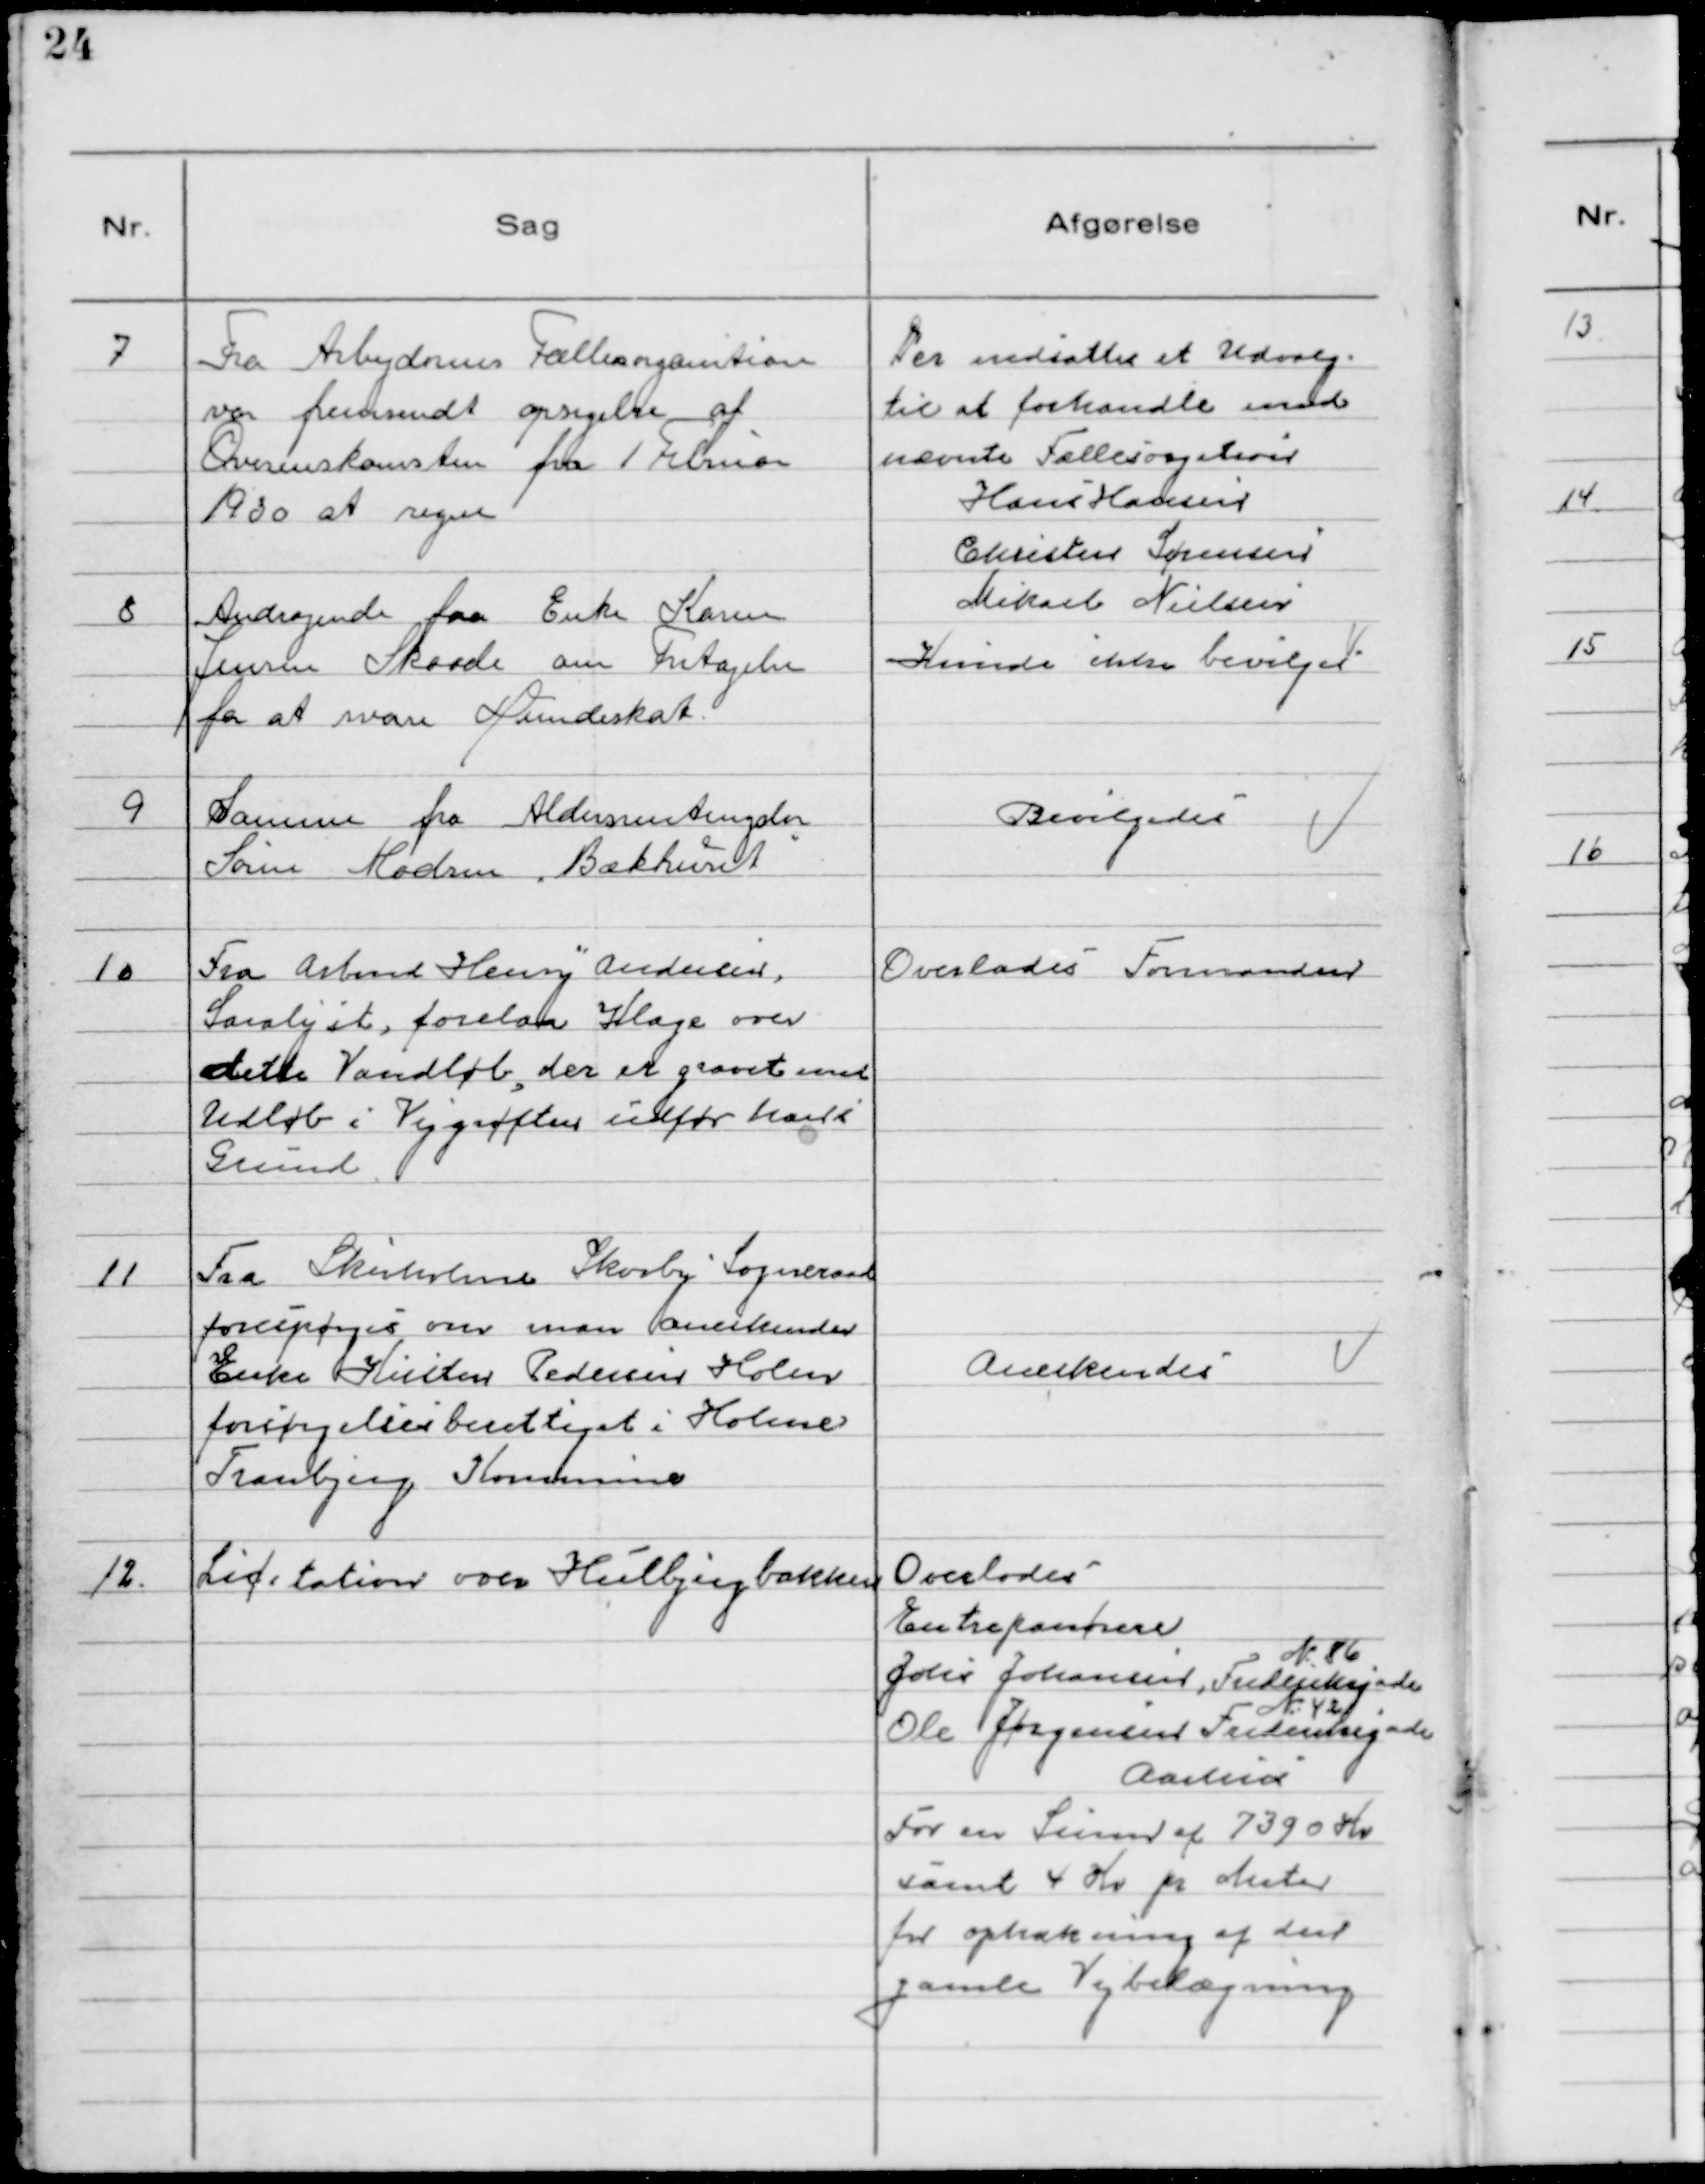
Transskription:
7 Fra Arbejdernes Fællesorganition
var fremsendt opsigelse af
Overenskomsten fra 1 Februar
1930 at regne

Der nedsattes et Udvalg
til at forhandle med
nævnte Fællesorgation
Hans Hansen
Christian Sørensen
Mikael Nielsen

8 Andragende fra Enke Karen
Jensen Skaade om Fritagelse
for at svare Hundeskat.

Kunde ikke bevilges

9 Samme fra Aldersrentenyder
Søren Madsen, Bækhušet

Bevilgedes

10 Fra Arbmd Henry Andersen,
Saralyst, forelaa Klage over
dette Vandløb, der er gravet med
Udløb i Vejgrøften ũdfor hans
Grund.

Overlodeś Formanden

11 Fra Skivholme Skovby Sogneraad
foreśpørgeś om man anerkender
Enke Kirsten Pedersen Holm
forśørgelśeśberettiget i Holme
Tranbjerg Kommune

Anerkendeś

12. Licitation over Hjulbjergbakken

Overlodeś
Entreprenørere
N° 86
John Johansen, Fredentsegade
N° 42
Ole Jørgensen Fredentsegade
Aarhúś
For en Sum af 7390 Kr
sămt 4 Kr pr Meter
for ophakning af den
gamle Vejbelægning